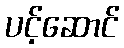
ပင့်ဆောင်